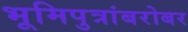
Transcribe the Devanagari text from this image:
भूमिपुत्रांबरोबर